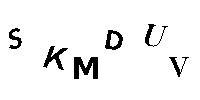
SKMDUV